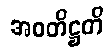
အဝတိဋ္ဌတိ